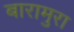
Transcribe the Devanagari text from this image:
बारामुरा